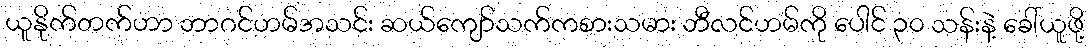
ယူနိုက်တက်ဟာ ဘာဂင်ဟမ်အသင်း ဆယ်ကျော်သက်ကစားသမား ဘီလင်ဟမ်ကို ပေါင် ၃၀ သန်းနဲ့ ခေါ်ယူဖို့